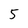
Character: 5